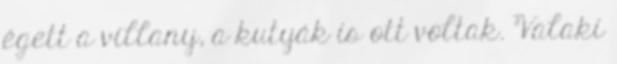
égett a villany, a kutyák is ott voltak. Valaki